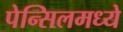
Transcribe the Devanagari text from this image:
पेन्सिलमध्ये